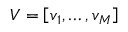
V = \left[ \boldsymbol { v } _ { 1 } , \ldots , \boldsymbol { v } _ { M } \right]